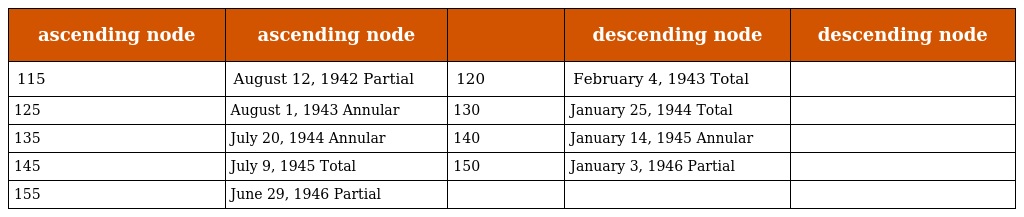
| ascending node | ascending node |  | descending node | descending node |
 | --- | --- | --- | --- | --- |
 | 115 | August 12, 1942 Partial | 120 | February 4, 1943 Total |  |
 | 125 | August 1, 1943 Annular | 130 | January 25, 1944 Total |  |
 | 135 | July 20, 1944 Annular | 140 | January 14, 1945 Annular |  |
 | 145 | July 9, 1945 Total | 150 | January 3, 1946 Partial |  |
 | 155 | June 29, 1946 Partial |  |  |  |